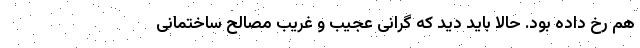
هم رخ داده بود. حالا باید دید که گرانی عجیب و غریب مصالح ساختمانی